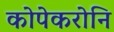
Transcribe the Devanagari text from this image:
कोपेकरोनि